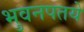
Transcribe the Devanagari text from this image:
भुवनपतये